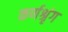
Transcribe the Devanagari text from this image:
कर्णश्रृंग